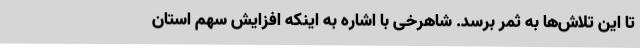
تا این تلاش‌ها به ثمر برسد. شاهرخی با اشاره به اینکه افزایش سهم استان